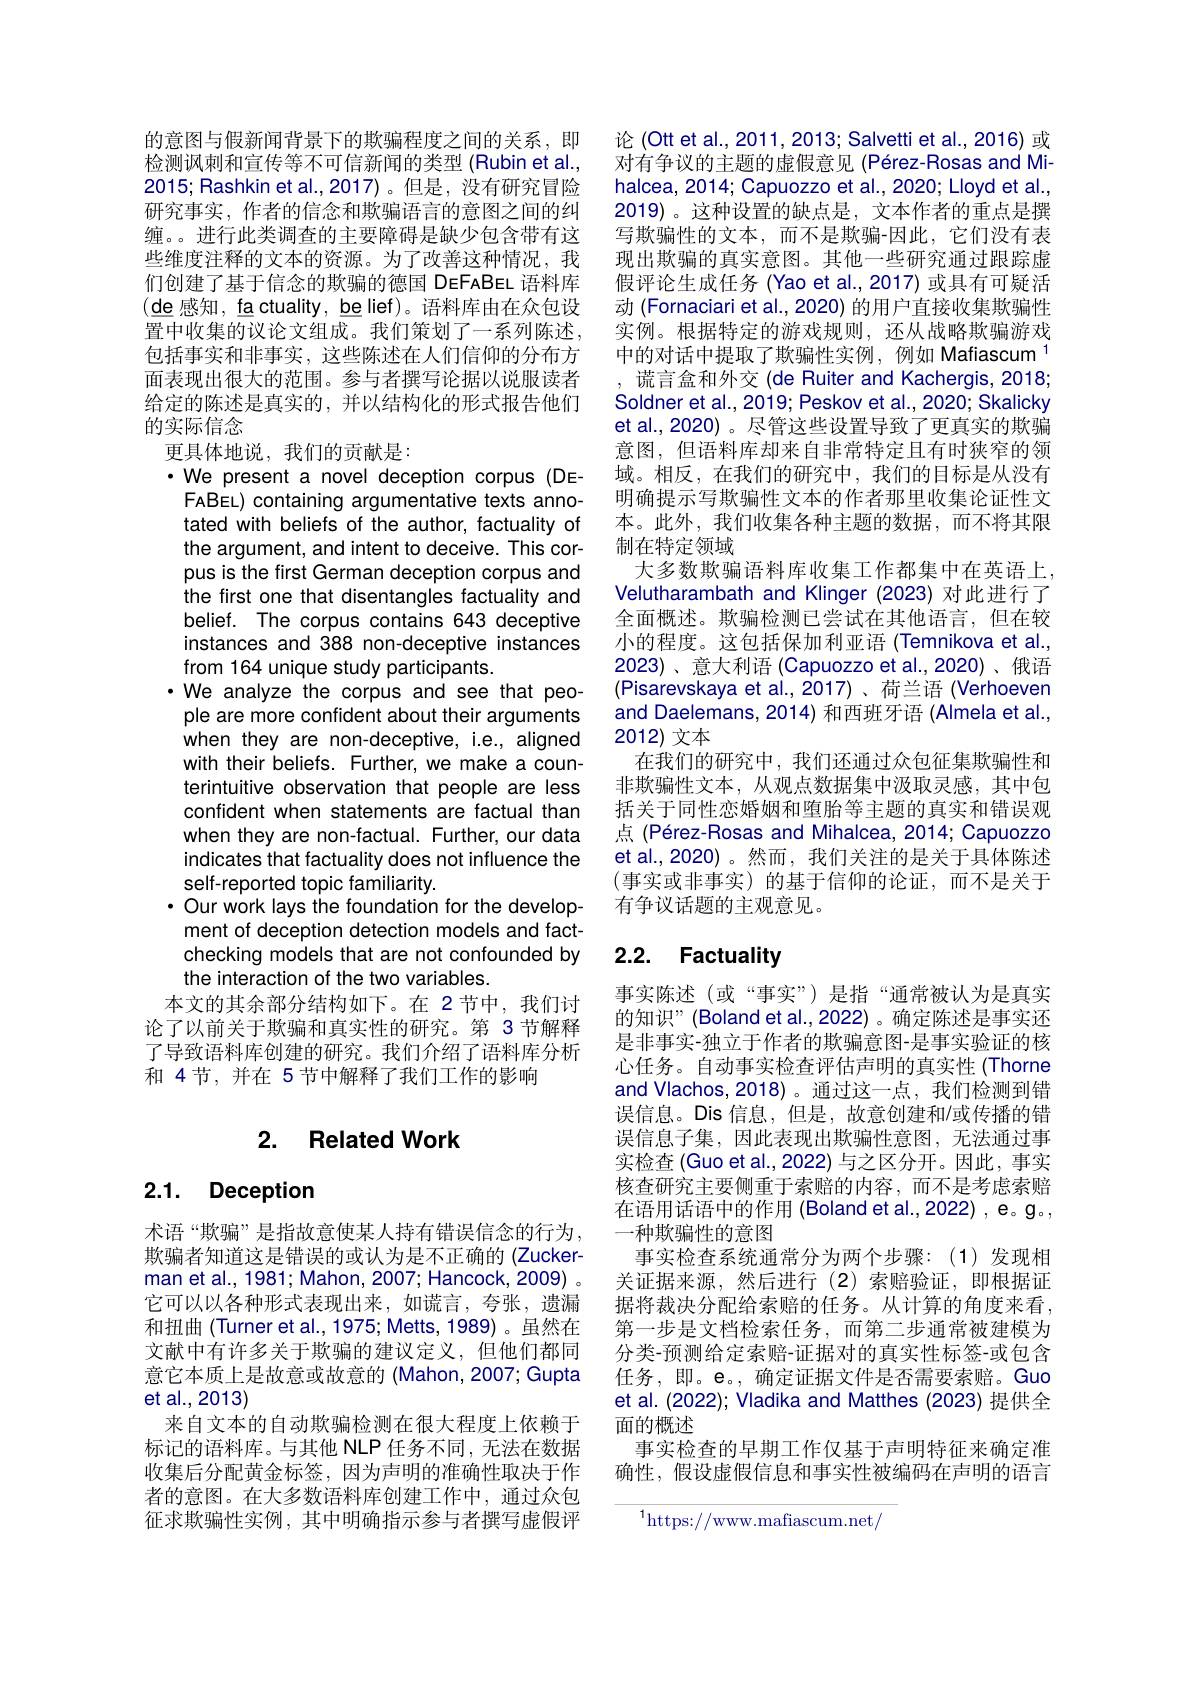
的意图与假新闻背景下的欺骗程度之间的关系，即检测讽刺和宣传等不可信新闻的类型 (Rubin et al., 2015; Rashkin et al., 2017)。但是，没有研究冒险研究事实，作者的信念和欺骗语言的意图之间的纠缠。。进行此类调查的主要障碍是缺少包含带有这些维度注释的文本的资源。为了改善这种情况，我们创建了基于信念的欺骗的德国 DeFABEL 语料库$(\underline{\mathrm{de}}$感知$,\underline\textbf{factuality,belief})$。语料库由在众包设置中收集的议论文组成。我们策划了一系列陈述， 包括事实和非事实，这些陈述在人们信仰的分布方面表现出很大的范围。参与者撰写论据以说服读者给定的陈述是真实的，并以结构化的形式报告他们的实际信念
更具体地说，我们的贡献是：
$\cdot$We present a novel deception corpus(DEFABEL) containing argumentative texts annotated with beliefs of the author, factuality of the argument, and intent to deceive. This corpus is the first German deception corpus and the first one that disentangles factuality and belief. The corpus contains 643 deceptive instances and 388 non-deceptive instances from 164 unique study participants
·We analyze the corpus and see that people are more confident about their arguments when they are non-deceptive, i.e., aligned with their beliefs. Further, we make a counterintuitive observation that people are less confident when statements are factual than when they are non-factual. Further, our data indicates that factuality does not influence the self-reported topic familiarity.
$\cdot$ Our work lays the foundation for the development of deception detection models and factchecking models that are not confounded by the interaction of the two variables.
本文的其余部分结构如下。在 2节中，我们讨论了以前关于欺骗和真实性的研究。第 3节解释了导致语料库创建的研究。我们介绍了语料库分析和 4节，并在 5 节中解释了我们工作的影响

# 2. Related Work

# 2.1. Deception

术语“欺骗”是指故意使某人持有错误信念的行为欺骗者知道这是错误的或认为是不正确的 (Zuckerman et al., 1981; Mahon, 2007; Hancock, 2009) 。它可以以各种形式表现出来，如谎言，夸张，遗漏和扭曲 (Turner et al., 1975; Metts, 1989)。虽然在文献中有许多关于欺骗的建议定义，但他们都同意它本质上是故意或故意的 (Mahon,2007; Gupta et al.,2013)
来自文本的自动欺骗检测在很大程度上依赖于标记的语料库。与其他 NLP 任务不同，无法在数据收集后分配黄金标签，因为声明的准确性取决于作者的意图。在大多数语料库创建工作中，通过众包征求欺骗性实例，其中明确指示参与者撰写虚假评

论 (Ott et al., 2011, 2013; Salvetti et al., 2016) 或对有争议的主题的虚假意见 (Pérez-Rosas and Mihalcea, 2014; Capuozzo et al., 2020; Lloyd et al. 2019)。这种设置的缺点是，文本作者的重点是撰写欺骗性的文本，而不是欺骗-因此，它们没有表现出欺骗的真实意图。其他一些研究通过跟踪虚假评论生成任务 (Yao et al., 2017) 或具有可疑活动 (Fornaciari et al., 2020) 的用户直接收集欺骗性实例。根据特定的游戏规则，还从战略欺骗游戏中的对话中提取了欺骗性实例，例如 Mafiascum $^{1}$
谎言盒和外交(de Ruiter and Kachergis, 2018; Soldner et al., 2019; Peskov et al., 2020; Skalicky et al.,2020)。尽管这些设置导致了更真实的欺骗意图，但语料库却来自非常特定且有时狭窄的领域。相反，在我们的研究中，我们的目标是从没有明确提示写欺骗性文本的作者那里收集论证性文本。此外，我们收集各种主题的数据，而不将其限制在特定领域
大多数欺骗语料库收集工作都集中在英语上Velutharambath and Klinger (2023) 对此进行了全面概述。欺骗检测已尝试在其他语言，但在较小的程度。这包括保加利亚语 (Temnikova et al., 2023)、意大利语 (Capuozzo et al.,2020)、俄语(Pisarevskaya et al., 2017)、荷兰语(Verhoeven and Daelemans, 2014) 和西班牙语 (Almela et al., 2012)文本
在我们的研究中，我们还通过众包征集欺骗性和非欺骗性文本，从观点数据集中汲取灵感，其中包括关于同性恋婚姻和堕胎等主题的真实和错误观点 (Pérez-Rosas and Mihalcea, 2014; Capuozzo et al.,2020)。然而，我们关注的是关于具体陈述(事实或非事实)的基于信仰的论证，而不是关于有争议话题的主观意见。

# 2.2. Factuality

事实陈述 (或“事实”)是指“通常被认为是真实的知识”(Boland et al.,2022)。确定陈述是事实还是非事实-独立于作者的欺骗意图-是事实验证的核心任务。自动事实检查评估声明的真实性 (Thorne and Vlachos,2018)。通过这一点，我们检测到错误信息。Dis 信息，但是，故意创建和/或传播的错误信息子集，因此表现出欺骗性意图，无法通过事实检查 (Guo et al.,2022) 与之区分开。因此，事实核查研究主要侧重于索赔的内容，而不是考虑索赔在语用话语中的作用(Bolandet al.,2022) , e。g。, 一种欺骗性的意图
事实检查系统通常分为两个步骤：(1)发现相关证据来源，然后进行(2)索赔验证，即根据证据将裁决分配给索赔的任务。从计算的角度来看， 第一步是文档检索任务，而第二步通常被建模为分类-预测给定索赔-证据对的真实性标签-或包含任务，即。e。,确定证据文件是否需要索赔。Guo et al. (2022); Vladika and Matthes (2023) 提供全面的概述
事实检查的早期工作仅基于声明特征来确定准确性，假设虚假信息和事实性被编码在声明的语言

$^{1}$https: / / www. mafiascum. net/